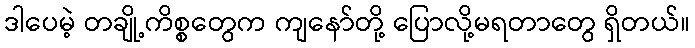
ဒါပေမဲ့ တချို့ကိစ္စတွေက ကျနော်တို့ ပြောလို့မရတာတွေ ရှိတယ်။